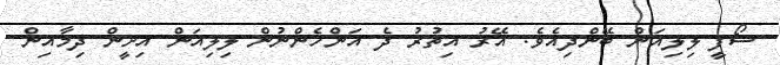
ސޯފީ ލިލިއަން ބޭންދިއެވެ. އޭރު އިތުރު ދެ އަންހެންނުން ލިލިއަން އިށީން ދިމާއިން